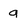
Character: a